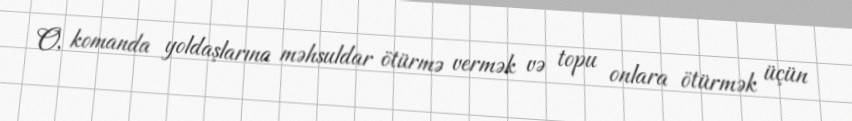
O, komanda yoldaşlarına məhsuldar ötürmə vermək və topu onlara ötürmək üçün